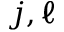
j , \ell